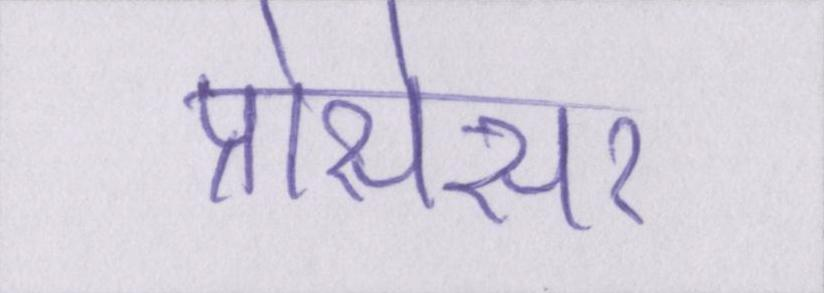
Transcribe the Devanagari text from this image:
प्रोसेसर